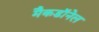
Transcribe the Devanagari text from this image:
मैकडाॅनेल